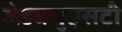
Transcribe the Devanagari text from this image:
जेडब्ल्युएसटी